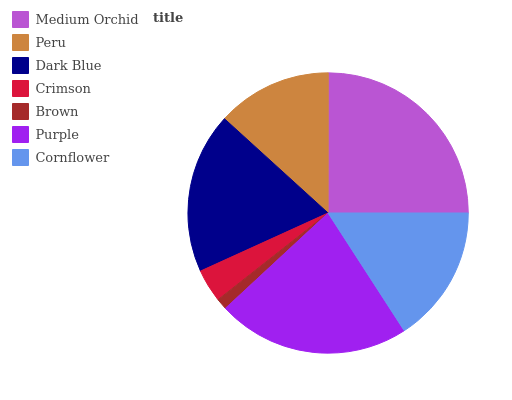
| Medium Orchid | Peru | Dark Blue | Crimson | Brown | Purple | Cornflower |
 | --- | --- | --- | --- | --- | --- | --- |
 | 25% | 13.3% | 18.5% | 3.82% | 1.29% | 22.3% | 15.9% |